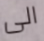
الى